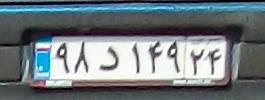
۹۸د۱۴۹۲۴